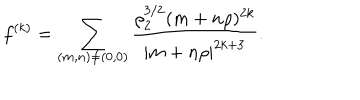
f ^ { ( k ) } = \sum _ { ( m , n ) \neq ( 0 , 0 ) } { \frac { \rho _ { 2 } ^ { 3 / 2 } ( m + n \rho ) ^ { 2 k } } { | m + n \rho | ^ { 2 k + 3 } } } .